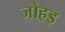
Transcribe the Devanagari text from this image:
जोहड़